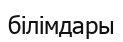
білімдары